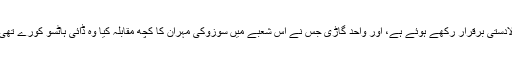
یہ گاڑی طویل عرصے سے 800cc کے زمرے میں اپنی بالادستی برقرار رکھے ہوئے ہے، اور واحد گاڑی جس نے اس شعبے میں سوزوکی مہران کا کچھ مقابلہ کیا وہ ڈائی ہاٹسو کورے تھی جو 850cc تھی، لیکن یہ گاڑی 2012ء میں بند کردی گئی۔